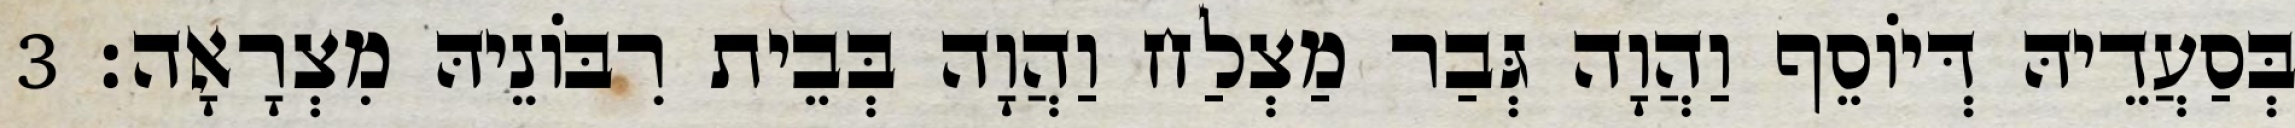
בְּסַעֲדֵיהּ דְּיוֹסֵף וַהֲוָה גְּבַר מַצְלַח וַהֲוָה בְּבֵית רִבּוֹנֵיהּ מִצְרָאָה׃ 3